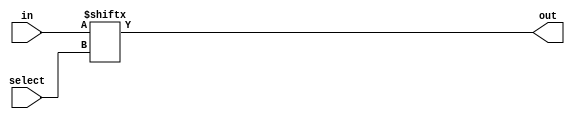
`timescale 1ns / 1ps
//////////////////////////////////////////////////////////////////////////////////
// Company: 
// Engineer: 
// 
// Design Name: 
// Module Name: mux16to1
// Project Name: 
// Target Devices: 
// Tool Versions: 
// Description: 
// 
// Dependencies: 
// 
// Revision:
// Revision 0.01 - File Created
// Additional Comments:
// 
//////////////////////////////////////////////////////////////////////////////////


module mux16to1(
    input [15:0] in,
    input [3:0] select,
    output out
    );
    
    assign out = in[select];
    
endmodule